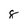
Character: 8